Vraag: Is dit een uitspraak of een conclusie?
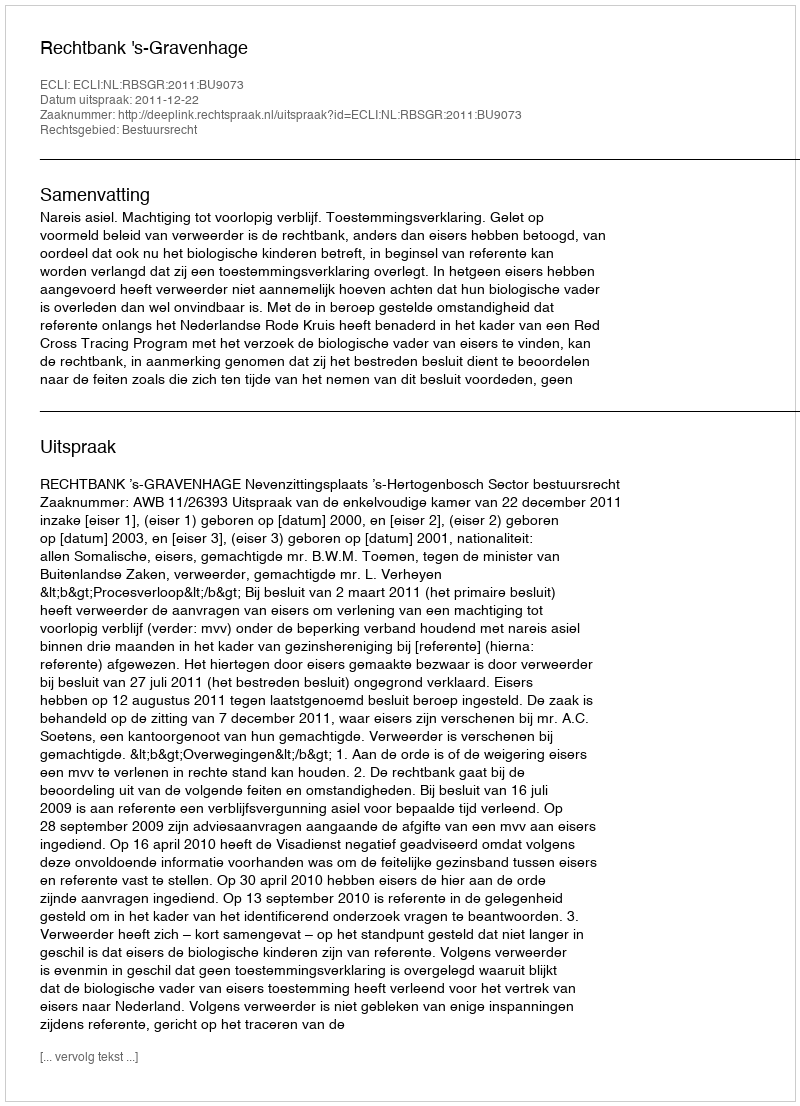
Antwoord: Uitspraak